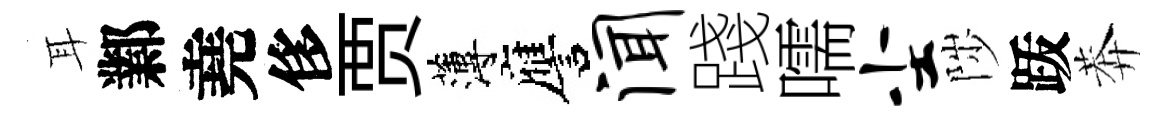
耳鄴堯侈贾薄譍闻踐嚅尘陟䟦莾